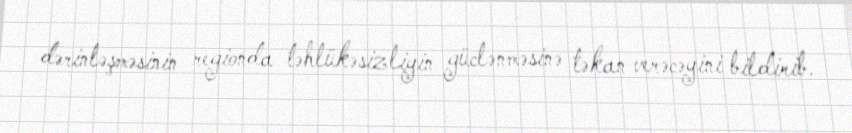
dərinləşməsinin regionda təhlükəsizliyin güclənməsinə təkan verəcəyini bildirib.